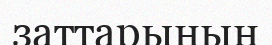
заттарының